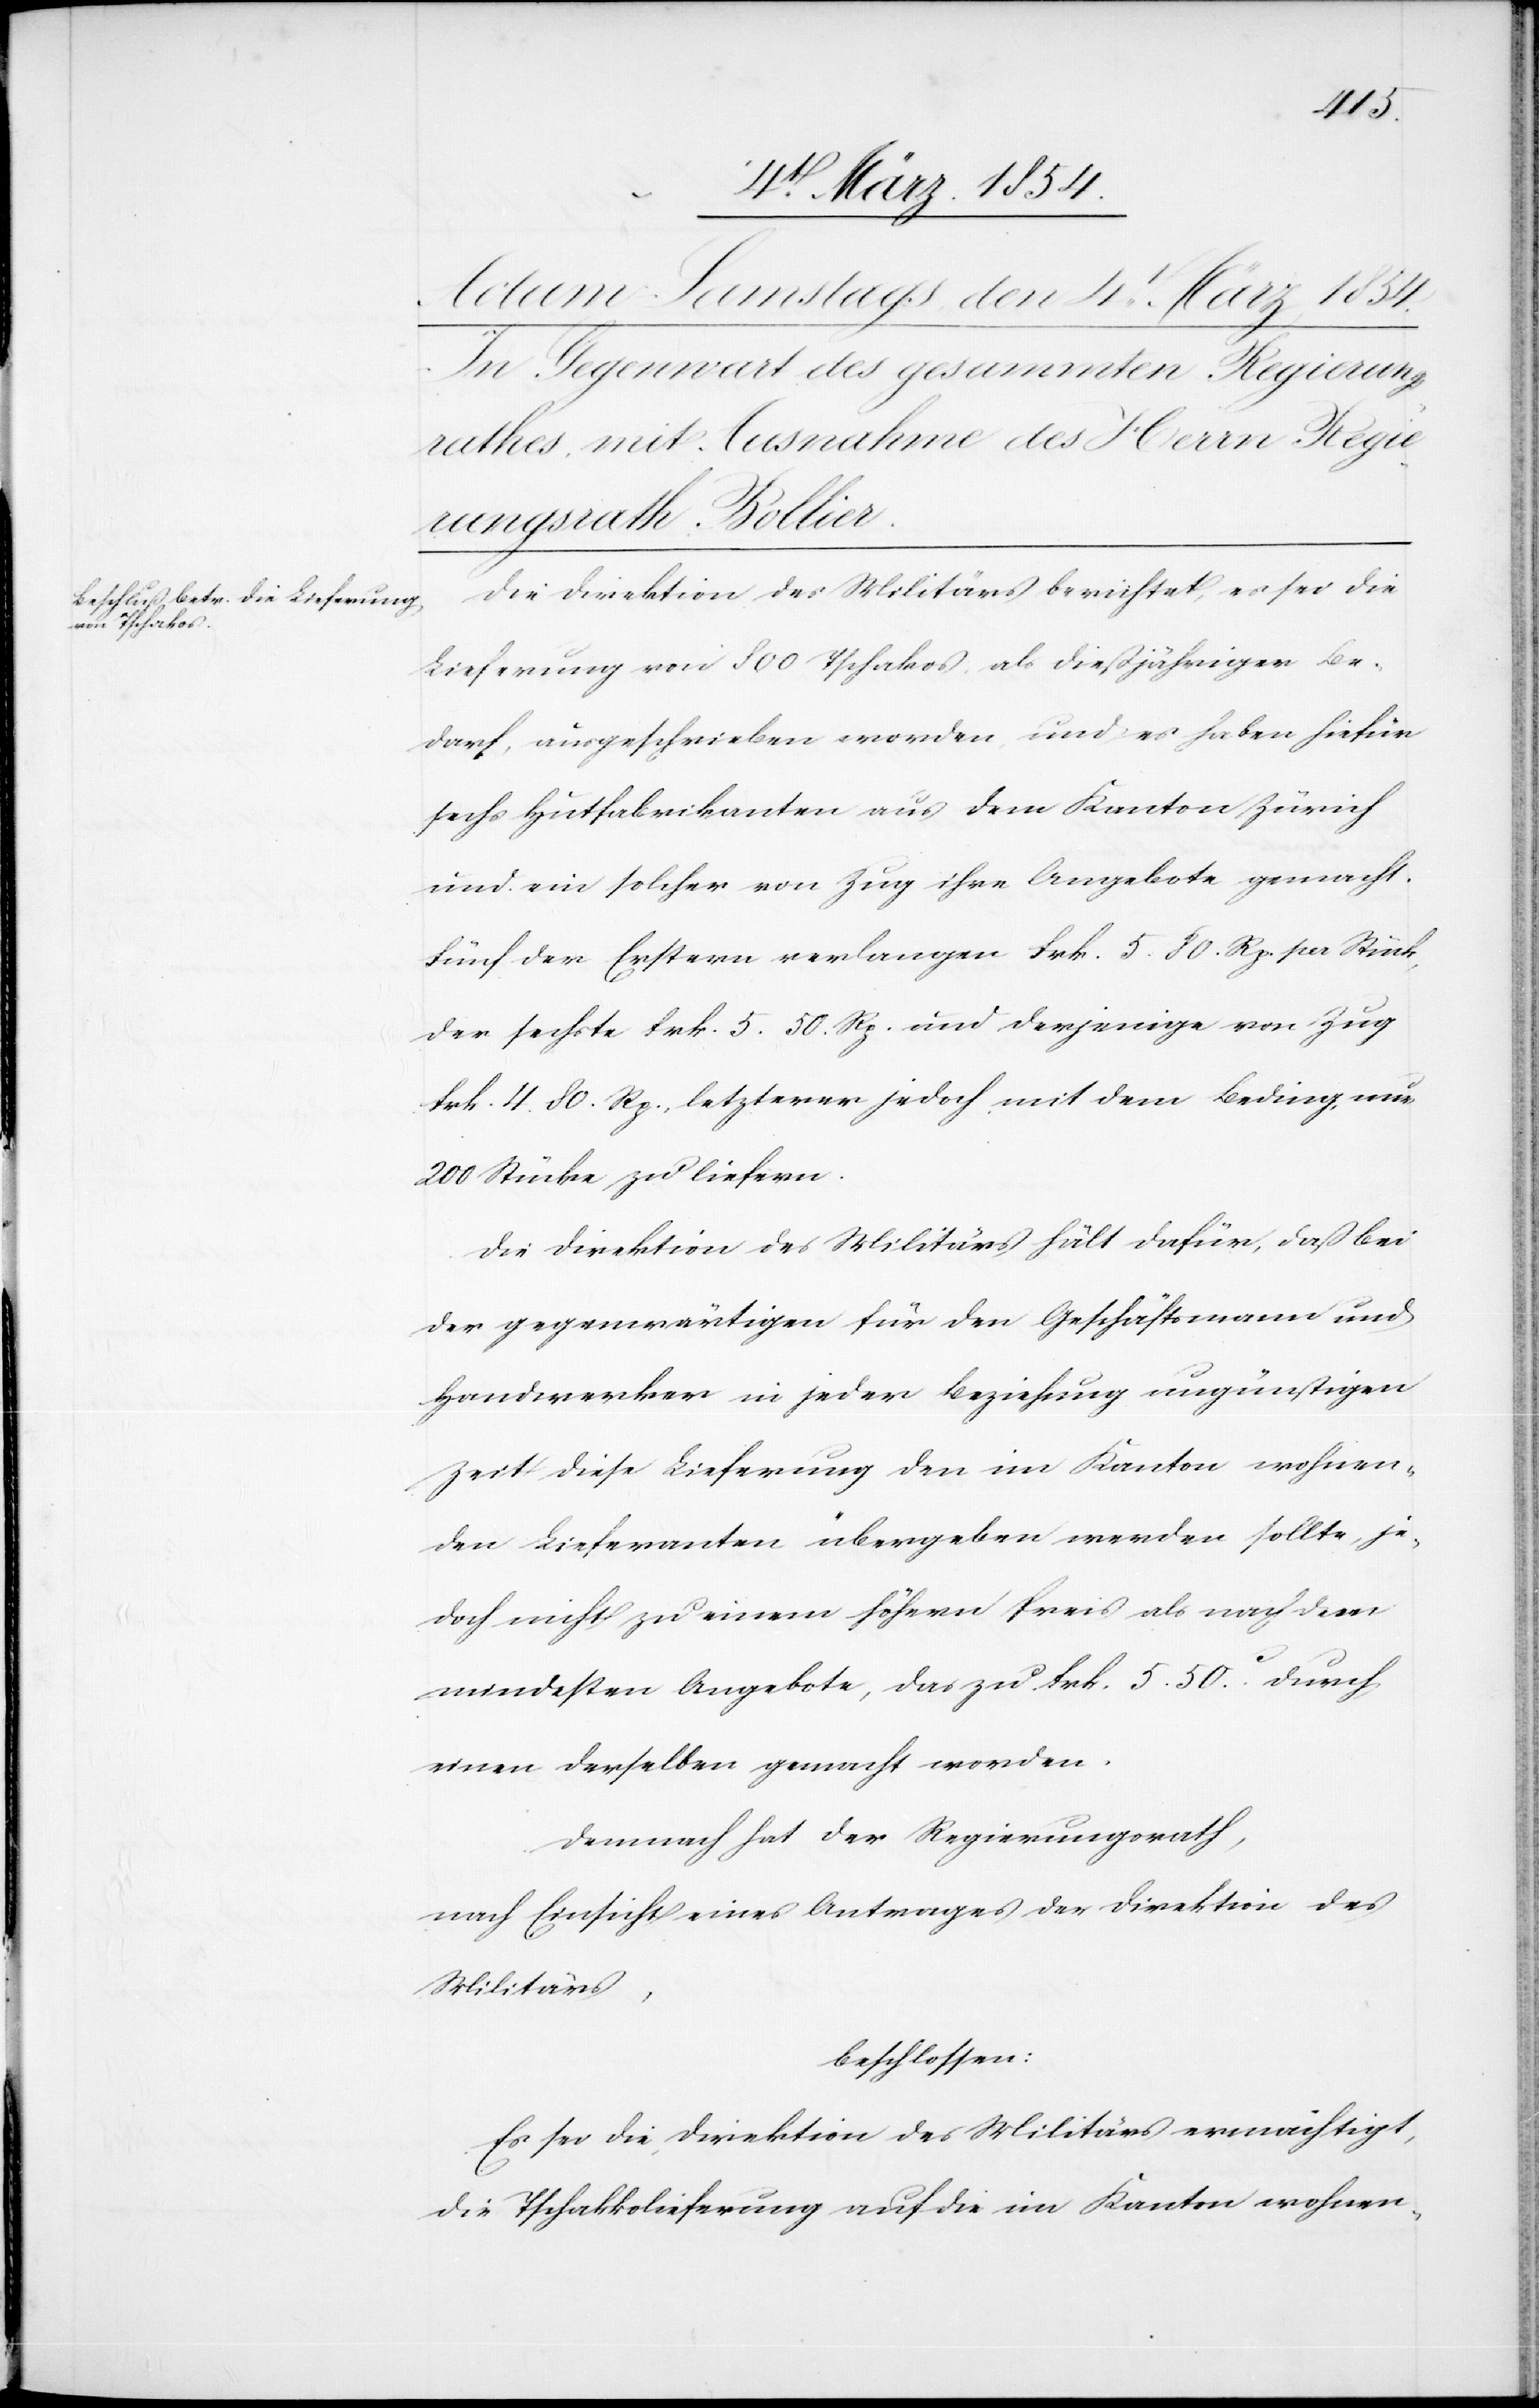
Die Direktion des Militärs berichtet, es sei die
Lieferung von 800 Tschakos, dießjähriger Be¬
darf, ausgeschrieben worden und es haben hiefür
sechs Hutfabrikaten aus dem Kanton Zürich
und ein solcher von Zug ihre Angebote gemacht.
Fünf der Erstern verlangen Frk. 5.80. Rp. per Stück,
der sechste Frk. 5.50. Rp. und derjenige von Zug
Frk. 4.80. Rp., letzterer jedoch mit dem Beding, nur
200 Stücke zu liefern.
Die Direktion des Militärs hält dafür, daß bei
der gegenwärtigen für den Geschäftsmann und
Handwerker in jeder Beziehung ungünstigen
Zeit diese Lieferung den im Kanton wohnen¬
den Lieferanten übergeben werden sollte, je¬
doch nicht zu einem höhern Preis als nach dem
mindesten Angebote, das zu Frk. 5.50c durch
einen derselben gemacht worden.
Demnach hat der Regierungsrath,
nach Einsicht eines Antrages der Direktion des
Militärs,
beschlossen:
Es sei die Direktion des Militärs ermächtigt,
die Tschakkolieferung auf die im Kanton wohnen-